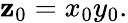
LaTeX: \mathbf{z}_{0}=x_{0}y_{0}.